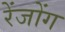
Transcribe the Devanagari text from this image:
रेंजोंग